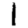
Digit: 1